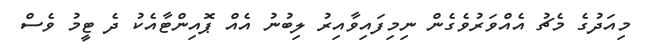
މިއަދުގެ މެޗު އެއްވަރުވެގެން ނިމިފައިވާއިރު ލިބުނު އެއް ޕޮއިންޓާއެކު ދެ ޓީމު ވެސް